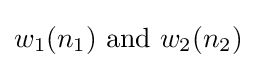
w_{1}(n_{1}){\text{ and }}w_{2}(n_{2})